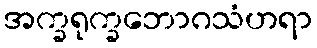
အက္ခရုက္ခဘောဂသံဟရာ